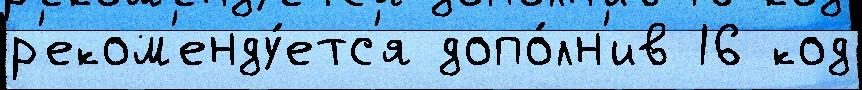
р'еком'енду́етс'я допо́лн'ив 16 код